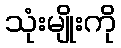
သုံးမျိုးကို